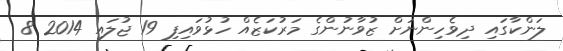
ލަންކާގައި ދިވެހިންނަށް ޒުވާނުންގެ މަރުކަޒެއް ހުޅުވައިިފި 19 ޖުލައި 2014 8